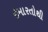
ઇમારતોથી